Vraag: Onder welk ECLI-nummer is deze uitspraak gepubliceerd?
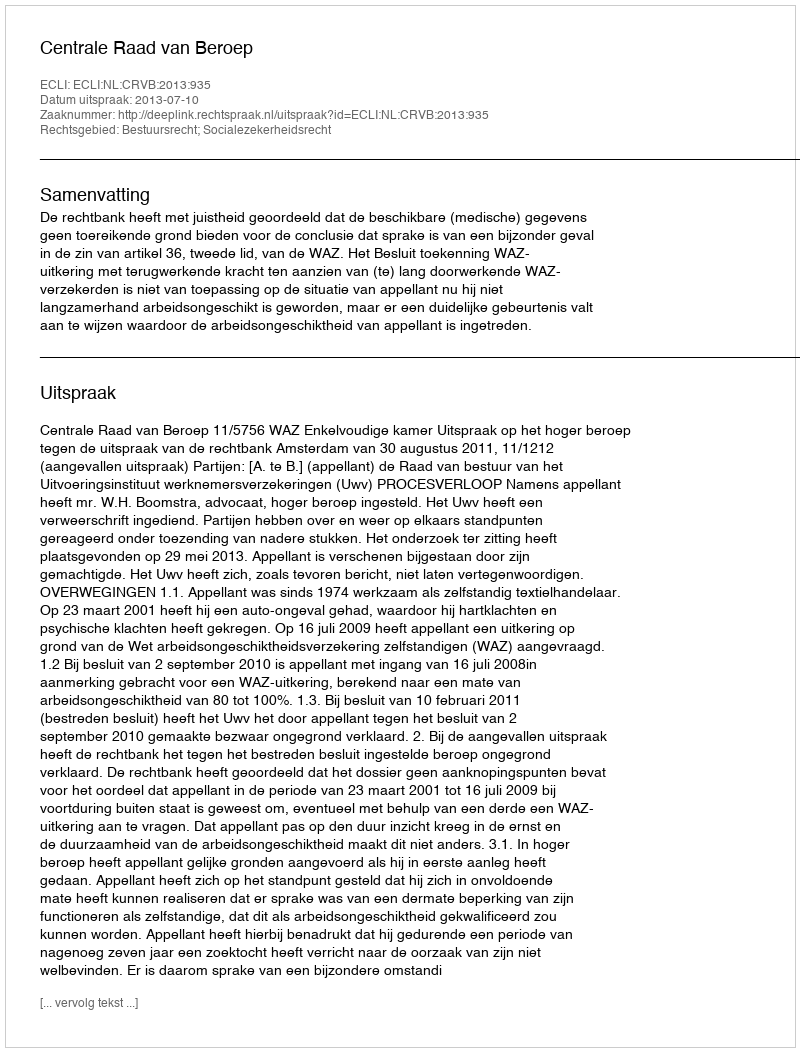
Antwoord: ECLI:NL:CRVB:2013:935